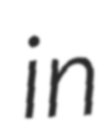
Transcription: in